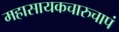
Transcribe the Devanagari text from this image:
महासायकचारुचापं